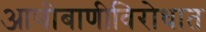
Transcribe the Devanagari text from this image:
आणीबाणीविरोधात